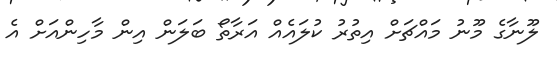
ލޫނާގެ މޫނު މައްޗަށް އިތުރު ކުލައެއް އަރާތޯ ބަލަން އިން މާހިންއަށް އެ